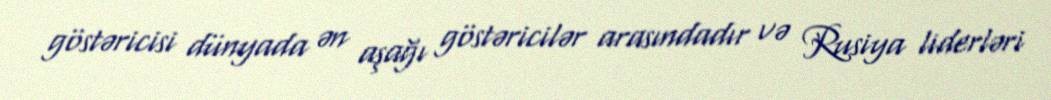
göstəricisi dünyada ən aşağı göstəricilər arasındadır və Rusiya liderləri